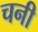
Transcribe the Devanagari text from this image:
चनी